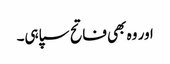
اور وہ بھی فاتح سپاہی۔